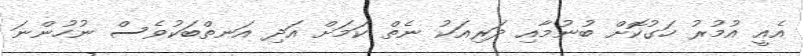
އެއީ އުމުރު ހަގުކޮށް ބުނުމާއި ދަރިއަކު ނެތް ކަމަށް އަދި އަނތްބަކުވެސް ނުހުންނަ